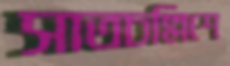
সাতচল্লিশে